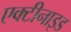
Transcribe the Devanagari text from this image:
एक्टीनाइड